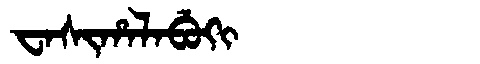
Manchu: ᠸᠠᠰᡳᡥᠠᠯᠠᠪᡠᡴᡳ
Romanization: WASIHALABUKI